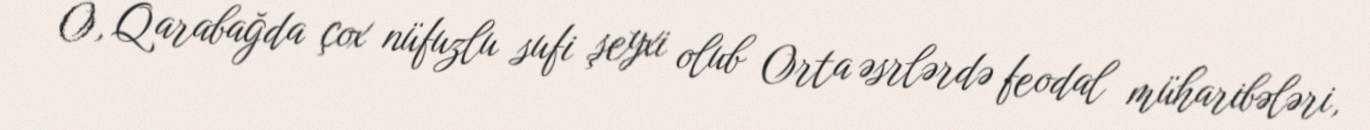
O, Qarabağda çox nüfuzlu sufi şeyxi olub Orta əsrlərdə feodal müharibələri,